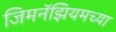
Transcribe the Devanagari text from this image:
जिमनॅझियमच्या